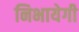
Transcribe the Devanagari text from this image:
निभायेगी